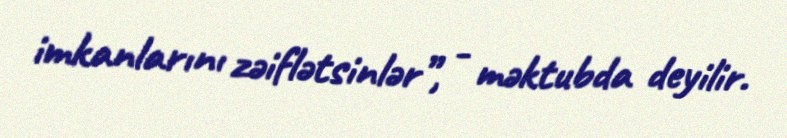
imkanlarını zəiflətsinlər”, - məktubda deyilir.